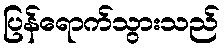
ပြန်ရောက်သွားသည်